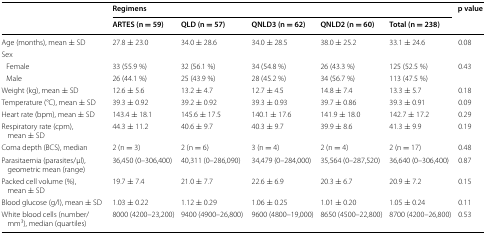
<table><thead><tr><td rowspan="2"></td><td colspan="5"><b>Regimens</b></td><td rowspan="2"><b>p value</b></td></tr><tr><td><b>ARTES (n = 59)</b></td><td><b>QLD (n = 57)</b></td><td><b>QNLD3 (n = 62)</b></td><td><b>QNLD2 (n = 60)</b></td><td><b>Total (n = 238)</b></td></tr></thead><tbody><tr><td>Age (months), mean ± SD</td><td>27.8 ± 23.0</td><td>34.0 ± 28.6</td><td>34.0 ± 28.5</td><td>38.0 ± 25.2</td><td>33.1 ± 24.6</td><td>0.08</td></tr><tr><td colspan="7">Sex</td></tr><tr><td> Female</td><td>33 (55.9 %)</td><td>32 (56.1 %)</td><td>34 (54.8 %)</td><td>26 (43.3 %)</td><td>125 (52.5 %)</td><td rowspan="2">0.43</td></tr><tr><td> Male</td><td>26 (44.1 %)</td><td>25 (43.9 %)</td><td>28 (45.2 %)</td><td>34 (56.7 %)</td><td>113 (47.5 %)</td></tr><tr><td>Weight (kg), mean ± SD</td><td>12.6 ± 5.6</td><td>13.2 ± 4.7</td><td>12.7 ± 4.5</td><td>14.8 ± 7.4</td><td>13.3 ± 5.7</td><td>0.18</td></tr><tr><td>Temperature (°C), mean ± SD</td><td>39.3 ± 0.92</td><td>39.2 ± 0.92</td><td>39.3 ± 0.93</td><td>39.7 ± 0.86</td><td>39.3 ± 0.91</td><td>0.09</td></tr><tr><td>Heart rate (bpm), mean ± SD</td><td>143.4 ± 18.1</td><td>145.6 ± 17.5</td><td>140.1 ± 17.6</td><td>141.9 ± 18.0</td><td>142.7 ± 17.2</td><td>0.29</td></tr><tr><td>Respiratory rate (cpm), mean ± SD</td><td>44.3 ± 11.2</td><td>40.6 ± 9.7</td><td>40.3 ± 9.7</td><td>39.9 ± 8.6</td><td>41.3 ± 9.9</td><td>0.19</td></tr><tr><td>Coma depth (BCS), median</td><td>2 (n = 3)</td><td>2 (n = 6)</td><td>3 (n = 4)</td><td>2 (n = 4)</td><td>2 (n = 17)</td><td>0.48</td></tr><tr><td>Parasitaemia (parasites/μl), geometric mean (range)</td><td>36,450 (0–306,400)</td><td>40,311 (0–286,090)</td><td>34,479 (0–284,000)</td><td>35,564 (0–287,520)</td><td>36,640 (0–306,400)</td><td>0.87</td></tr><tr><td>Packed cell volume (%), mean ± SD</td><td>19.7 ± 7.4</td><td>21.0 ± 7.7</td><td>22.6 ± 6.9</td><td>20.3 ± 6.7</td><td>20.9 ± 7.2</td><td>0.15</td></tr><tr><td>Blood glucose (g/l), mean ± SD</td><td>1.03 ± 0.22</td><td>1.12 ± 0.29</td><td>1.06 ± 0.25</td><td>1.01 ± 0.20</td><td>1.05 ± 0.24</td><td>0.11</td></tr><tr><td>White blood cells (number/mm<sup>3</sup>), median (quartiles)</td><td>8000 (4200–23,200)</td><td>9400 (4900–26,800)</td><td>9600 (4800–19,000)</td><td>8650 (4500–22,800)</td><td>8700 (4200–26,800)</td><td>0.53</td></tr></tbody></table>